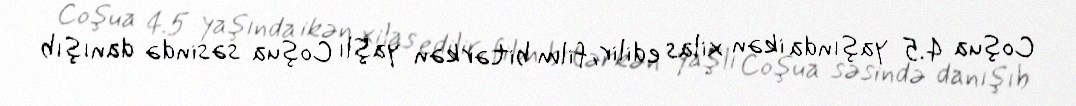
Coşua 4.5 yaşında ikən xilas edilir, film bitərkən yaşlı Coşua səsində danışıb